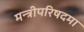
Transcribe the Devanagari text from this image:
मन्त्रीपरिषदमा